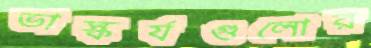
ভাস্কর্যগুলোর